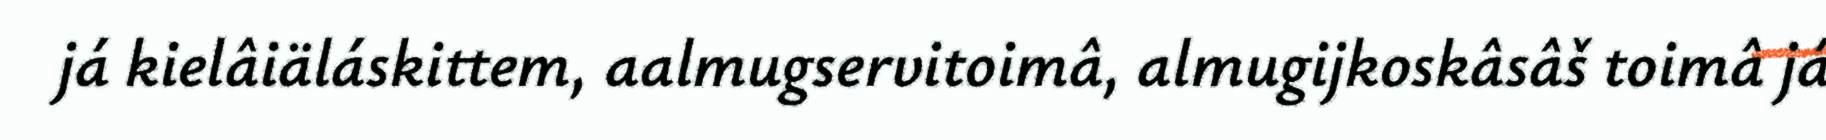
já kielâiäláskittem, aalmugservitoimâ, almugijkoskâsâš toimâ já